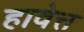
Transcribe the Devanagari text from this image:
हावेत्त